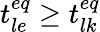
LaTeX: t_{le}^{eq}\ge t_{lk}^{eq}